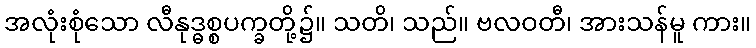
အလုံးစုံသော လီနုဒ္ဓစ္စပက္ခတို့၌။ သတိ၊ သည်။ ဗလဝတီ၊ အားသန်မူ ကား။